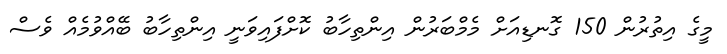
މީގެ އިތުރުން 150 ގޮނޑިއަށް މެމްބަރުން އިންތިހާބު ކޮށްފައިވަނީ އިންތިހާބު ބޭއްވުމެއް ވެސް